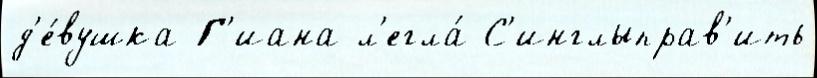
д'е́вушка Г'иана л'егла́ С'инглыправ'ить